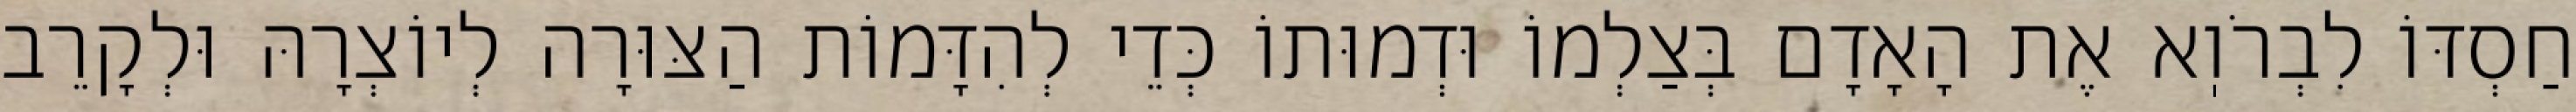
חַסְדּוֹ לִבְרֹוֽא אֶת הָאָדָם בְּצַלְמוֹ וּדְמוּתוֹ כְּדֵי לְהִדָּמוֹת הַצּוּרָה לְיוֹצְרָהּ וּלְקָרֵב